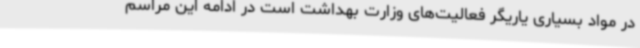
در مواد بسیاری یاریگر فعالیت‌های وزارت بهداشت است در ادامه این مراسم